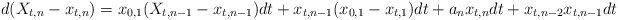
\begin{align*}d(X_{t,n} - x_{t,n}) = x_{0,1}(X_{t,n-1} - x_{t,n-1})dt + x_{t,n-1}(x_{0,1} - x_{t,1})dt + a_n x_{t,n}dt + x_{t,n-2}x_{t,n-1}dt\end{align*}